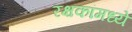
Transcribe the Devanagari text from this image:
रक्षकांमध्ये